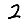
Digit: 2